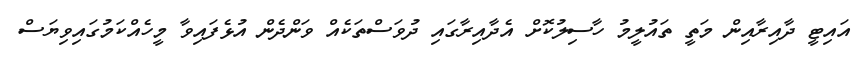
އައިޓީ ދާއިރާއިން މަތީ ތައުލީމު ހާސިލުކޮށް އެދާއިރާގައި ދުވަސްތަކެއް ވަންދެން އުޅެފައިވާ މީހެއްކަމުގައިވިޔަސް